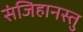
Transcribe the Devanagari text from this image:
संजिहानस्तु